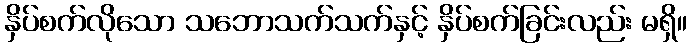
နှိပ်စက်လိုသော သဘောသက်သက်နှင့် နှိပ်စက်ခြင်းလည်း မရှိ။